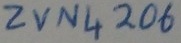
Text: ZVN4206